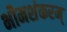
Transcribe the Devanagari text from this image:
भीमशंकरम्